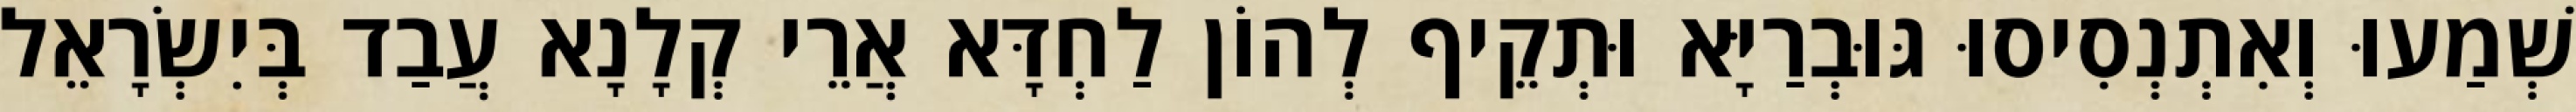
שְׁמַעוּ וְאִתְנְסִיסוּ גּוּבְרַיָּא וּתְקֵיף לְהוֹן לַחְדָּא אֲרֵי קְלָנָא עֲבַד בְּיִשְׂרָאֵל